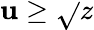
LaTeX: \mathbf{u}\geq\sqrt{}{{z}}